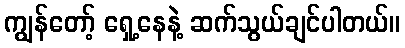
ကျွန်တော့် ရှေ့နေနဲ့ ဆက်သွယ်ချင်ပါတယ်။